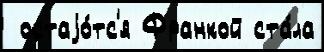
 остаjо́тс'я Франкой ста́ла